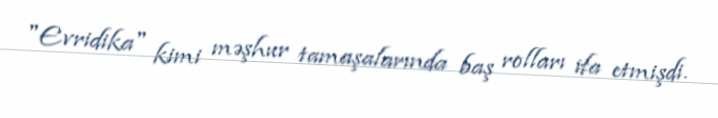
"Evridika" kimi məşhur tamaşalarında baş rolları ifa etmişdi.